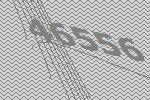
46556